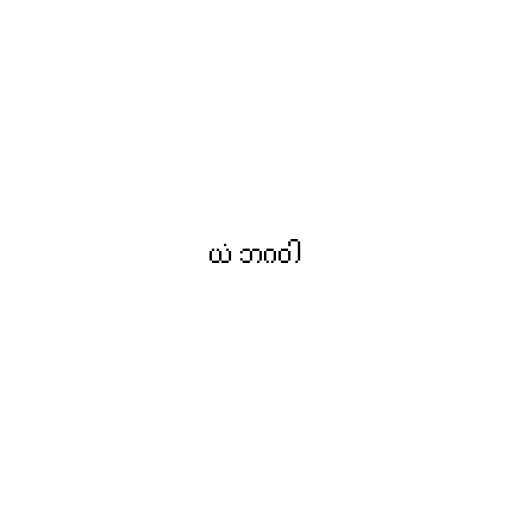
ယံ ဘဂဝါ